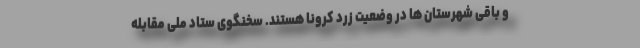
و باقی شهرستان ها در وضعیت زرد کرونا هستند. سخنگوی ستاد ملی مقابله